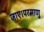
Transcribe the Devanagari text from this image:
जाए।परमाणु